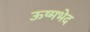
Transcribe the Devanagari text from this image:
ऊष्मभेद